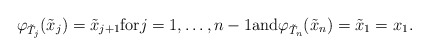
\begin{align*}\varphi_{\tilde T_j}(\tilde x_j)=\tilde x_{j+1}\mbox{for} j=1,\dots,n-1 \mbox{and}\varphi_{\tilde T_{n}}(\tilde x_{n})=\tilde x_1=x_1.\end{align*}